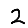
Digit: 2